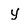
Character: y